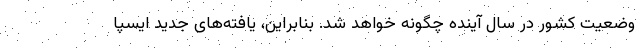
وضعیت کشور در سال آینده چگونه خواهد شد. بنابراین، یافته‌های جدید ایسپا